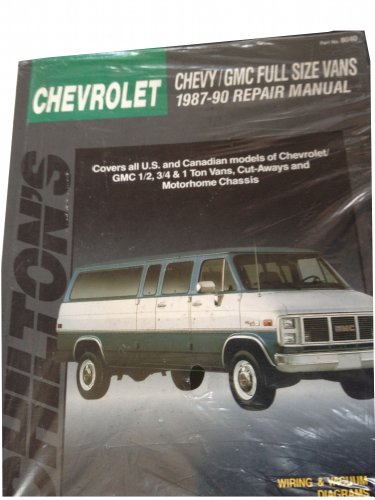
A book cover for Chevy-Gmc Full Size Vans, 1987-90 Repair Manual (Chilton's Total Car Care Repair Manual); Chilton Automotive Books; Engineering & Transportation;